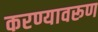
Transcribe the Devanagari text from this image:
करण्यावरूण